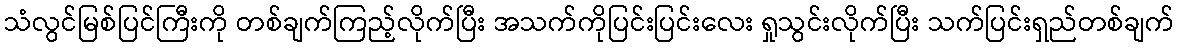
သံလွင်မြစ်ပြင်ကြီးကို တစ်ချက်ကြည့်လိုက်ပြီး အသက်ကိုပြင်းပြင်းလေး ရှုသွင်းလိုက်ပြီး သက်ပြင်းရှည်တစ်ချက်